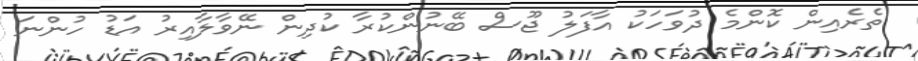
ތެރެއިން ކޮންމެ ދުވަހަކު އާފަލު ޖޫސް ބޭނުންކުރާ ކުދިން ނޭވާލާއިރު އަޑު ހުންނަ